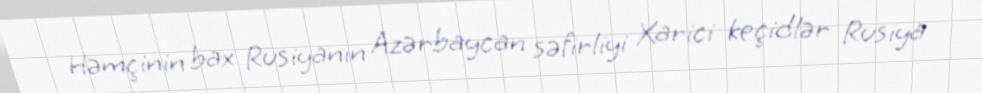
Həmçinin bax Rusiyanın Azərbaycan səfirliyi Xarici keçidlər Rusiya